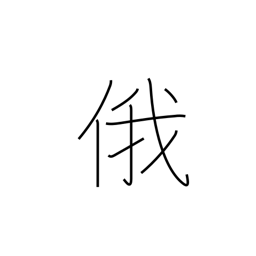
Meaning: abrupt